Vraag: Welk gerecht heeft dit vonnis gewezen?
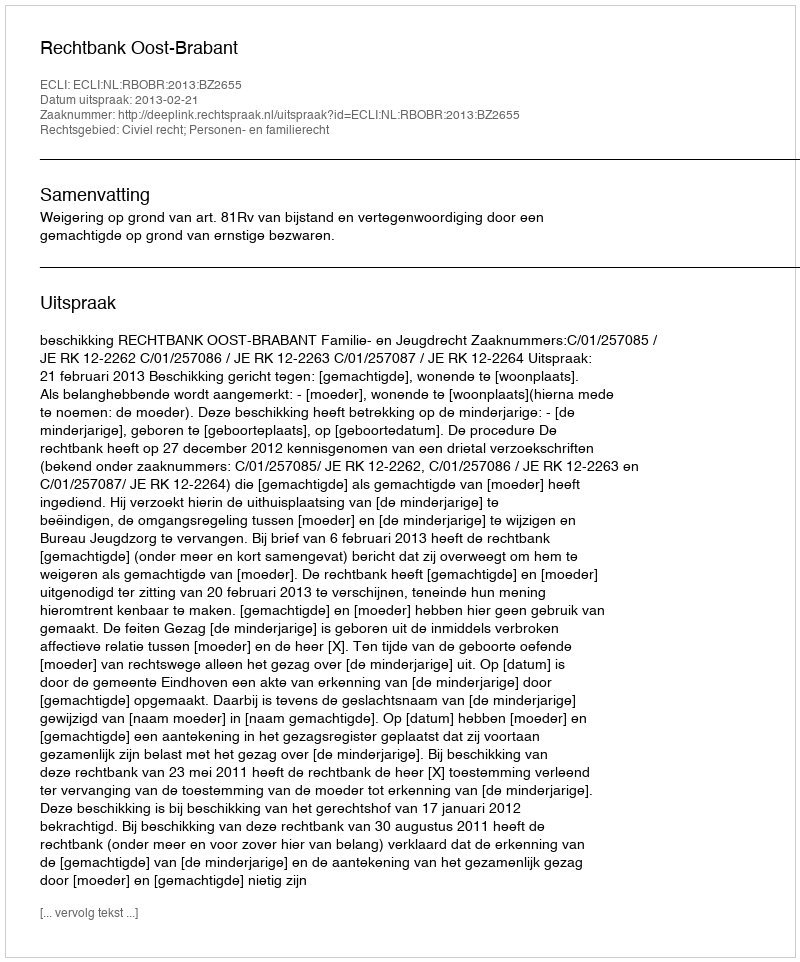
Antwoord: Rechtbank Oost-Brabant